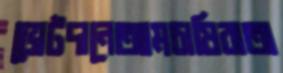
ভোটদানেআমচাষিরাঅ